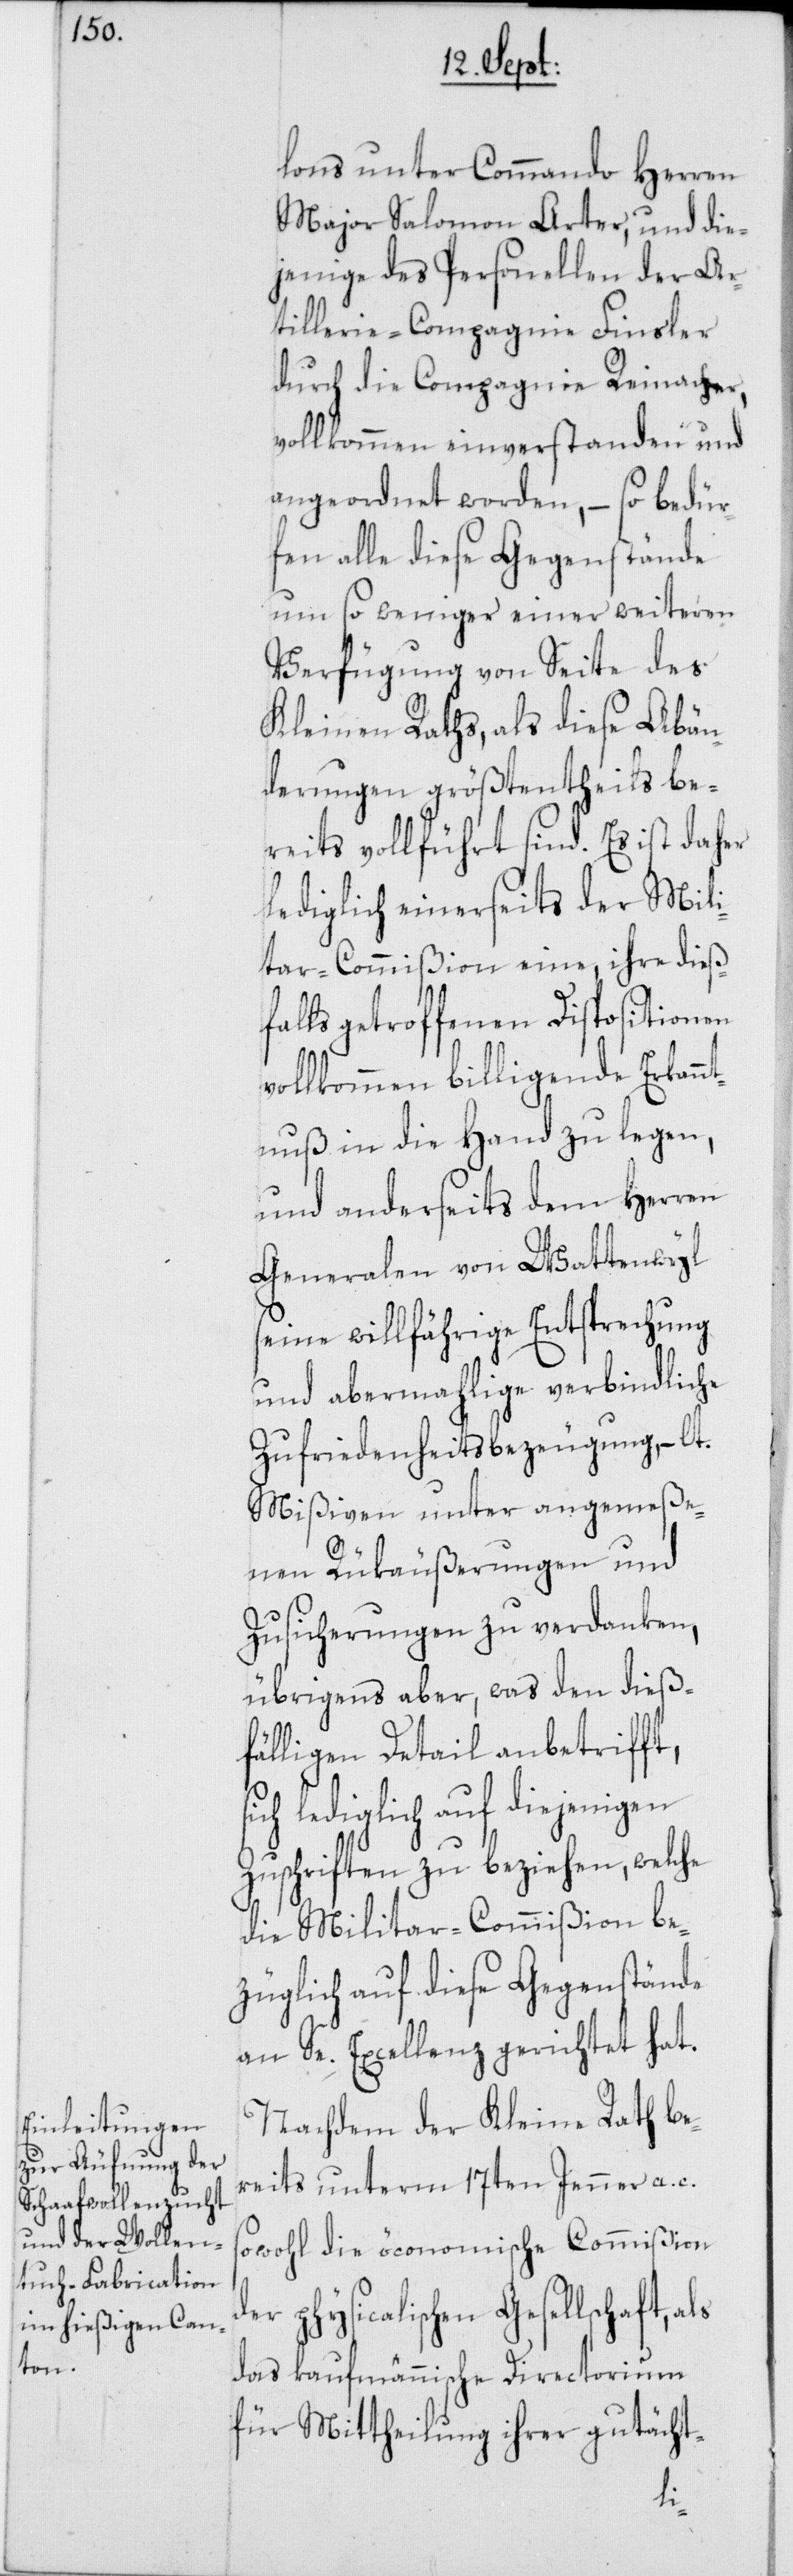
lons unter Commando Herren
Major Salomon Arter, und die¬
jenige des Personellen der Ar¬
tillerie-Compagnie Finsler
durch die Compagnie Reinacher,
vollkommen einverstanden und
angeordnet worden, – so bedür¬
fen alle diese Gegenstände
um so weniger einer weiteren
Verfügung von Seite des
Kleinen Raths, als diese Abän¬
derungen größtentheils be¬
reits vollführt sind. Es ist daher
lediglich einerseits der Mili¬
tar-Commißion eine, ihre dieß¬
falls getroffenen Dispositionen
vollkommen billigende Erkannt¬
nuß in die Hand zu legen,
und anderseits dem Herren
Generalen von Wattenwyl
seine willfährige Entsprechung
und abermahlige verbindliche
Zufriedenheitsbezeugung, – lt.
Mißiven unter angemeße¬
nen Rükäußerungen und
Zusicherungen zu verdanken,
übrigens aber, was den dieß¬
fälligen Detail anbetrifft,
sich lediglich auf diejenigen
Zuschriften zu beziehen, welche
die Militar-Commißion be¬
züglich auf diese Gegenstände
an Se. Excellenz gerichtet hat.
Nachdem der Kleine Rath be¬
reits unterm 17ten Jenner a. c.
sowohl die öconomische Commißion
der physicalischen Gesellschaft,
das kaufmännische Directorium
für Mittheilung ihrer gutächt-